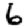
Digit: 6